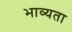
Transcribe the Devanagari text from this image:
भाव्‍यता